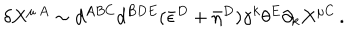
LaTeX: \delta X ^ { \mu \, A } \sim d ^ { A B C } d ^ { B D E } ( \bar { \epsilon } ^ { D } + \bar { \eta } ^ { D } ) \gamma ^ { k } \theta ^ { E } \partial _ { k } X ^ { \mu C } \, .